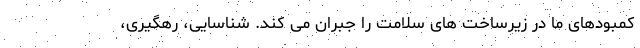
کمبودهای ما در زیرساخت های سلامت را جبران می کند. شناسایی، رهگیری،